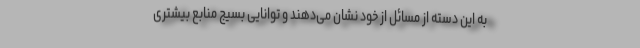
به این دسته از مسائل از خود نشان می‌دهند و توانایی بسیج منابع بیشتری